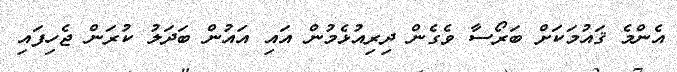
އެންމެ ޤައުމަކަށް ބަރޯސާ ވެގެން ދިރިއުޅެމުން އައި އައުން ބަދަލު ކުރަން ޖެހިފައި